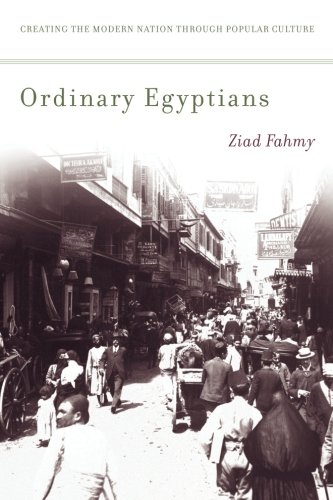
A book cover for Ordinary Egyptians: Creating the Modern Nation through Popular Culture; Ziad Fahmy; History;